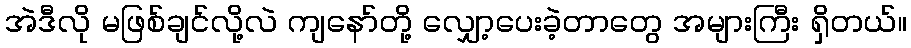
အဲဒီလို မဖြစ်ချင်လို့လဲ ကျနော်တို့ လျှော့ပေးခဲ့တာတွေ အများကြီး ရှိတယ်။